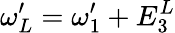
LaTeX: \omega_{L}^{\prime}=\omega_{1}^{\prime}+E_{3}^{L}